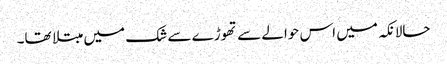
حالانکہ میں اس حوالے سے تھوڑے سے شک میں مبتلا تھا۔